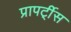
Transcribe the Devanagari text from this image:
प्रापर्टी्स